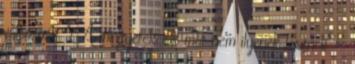
változnak. "A mi gyerekeink már nem ilyenek lesznek" -